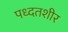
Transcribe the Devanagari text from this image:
पध्दतशीर